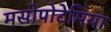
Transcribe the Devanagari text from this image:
मसोपोटेमिया